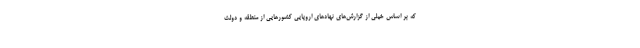
که بر اساس خیلی از گزارش‌های نهادهای اروپایی کشورهایی از منطقه و دولت